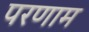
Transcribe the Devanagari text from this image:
परणाम